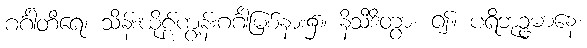
ဂင်္ဂါတီရေ၊ သိန်းဃိုဠ်ကျွန်းဂင်္ဂါမြစ်နား၌။ နိသီဒိတွာ၊ ၍။ ပရိဘုဉ္ဇမာနေ၊